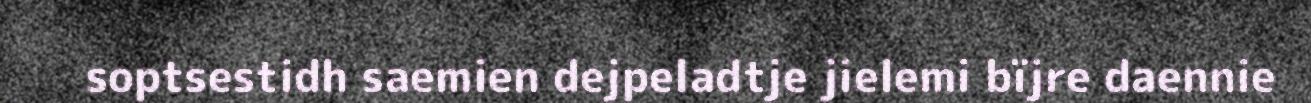
soptsestidh saemien dejpeladtje jielemi bïjre daennie